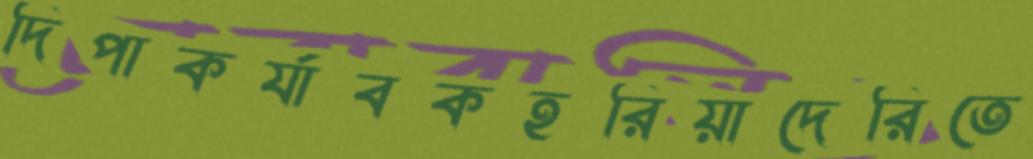
দিপাকর্যাবকহরিয়াদেরিতে